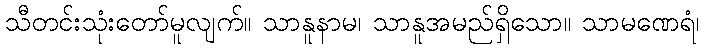
သီတင်းသုံးတော်မူလျက်။ သာနူနာမ၊ သာနူအမည်ရှိသော။ သာမဏေရံ၊